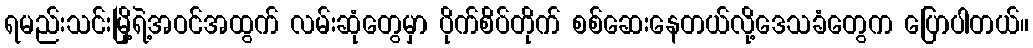
ရမည်းသင်းမြို့ရဲ့အဝင်အထွက် လမ်းဆုံတွေမှာ ပိုက်စိပ်တိုက် စစ်ဆေးနေတယ်လို့ဒေသခံတွေက ပြောပါတယ်။